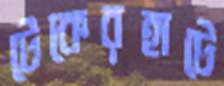
টেকেরহাটে